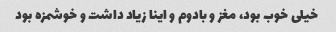
خیلی خوب بود، مغز و بادوم و اینا زیاد داشت و خوشمزه بود